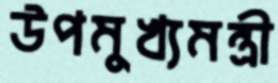
উপমুখ্যমন্ত্রী